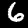
Label: 6